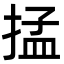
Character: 掹